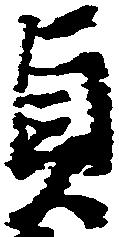
貞